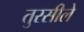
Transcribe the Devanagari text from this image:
तुरसीले